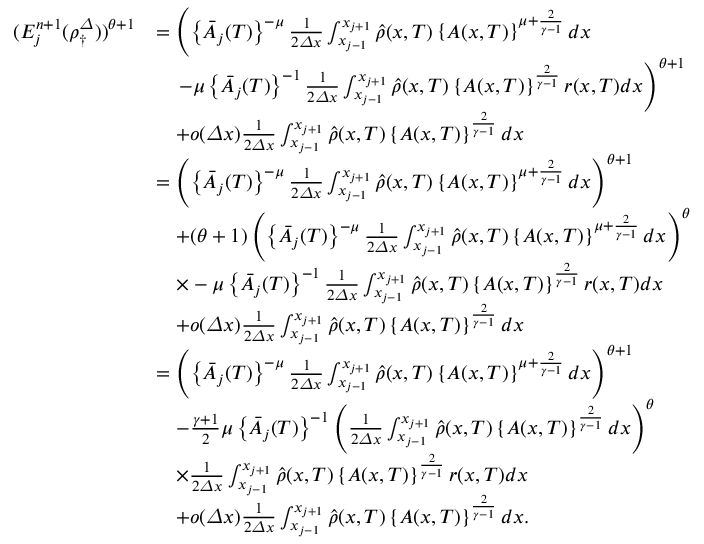
\begin{array} { r l } { ( E _ { j } ^ { n + 1 } ( \rho _ { \dagger } ^ { \varDelta } ) ) ^ { \theta + 1 } } & { = \left( \left\{ \bar { A } _ { j } ( T ) \right\} ^ { - \mu } \frac 1 { 2 { \varDelta } x } \int _ { x _ { j - 1 } } ^ { x _ { j + 1 } } \hat { \rho } ( x , T ) \left\{ A ( x , T ) \right\} ^ { \mu + \frac { 2 } { \gamma - 1 } } d x \right. } \\ & { \quad \left. - \mu \left\{ \bar { A } _ { j } ( T ) \right\} ^ { - 1 } \frac 1 { 2 { \varDelta } x } \int _ { x _ { j - 1 } } ^ { x _ { j + 1 } } \hat { \rho } ( x , T ) \left\{ A ( x , T ) \right\} ^ { \frac { 2 } { \gamma - 1 } } r ( x , T ) d x \right) ^ { \theta + 1 } } \\ & { \quad + o ( { \varDelta } x ) \frac 1 { 2 { \varDelta } x } \int _ { x _ { j - 1 } } ^ { x _ { j + 1 } } \hat { \rho } ( x , T ) \left\{ A ( x , T ) \right\} ^ { \frac { 2 } { \gamma - 1 } } d x } \\ & { = \left( \left\{ \bar { A } _ { j } ( T ) \right\} ^ { - \mu } \frac 1 { 2 { \varDelta } x } \int _ { x _ { j - 1 } } ^ { x _ { j + 1 } } \hat { \rho } ( x , T ) \left\{ A ( x , T ) \right\} ^ { \mu + \frac { 2 } { \gamma - 1 } } d x \right) ^ { \theta + 1 } } \\ & { \quad + ( \theta + 1 ) \left( \left\{ \bar { A } _ { j } ( T ) \right\} ^ { - \mu } \frac 1 { 2 { \varDelta } x } \int _ { x _ { j - 1 } } ^ { x _ { j + 1 } } \hat { \rho } ( x , T ) \left\{ A ( x , T ) \right\} ^ { \mu + \frac { 2 } { \gamma - 1 } } d x \right) ^ { \theta } } \\ & { \quad \times - \mu \left\{ \bar { A } _ { j } ( T ) \right\} ^ { - 1 } \frac 1 { 2 { \varDelta } x } \int _ { x _ { j - 1 } } ^ { x _ { j + 1 } } \hat { \rho } ( x , T ) \left\{ A ( x , T ) \right\} ^ { \frac { 2 } { \gamma - 1 } } r ( x , T ) d x } \\ & { \quad + o ( { \varDelta } x ) \frac 1 { 2 { \varDelta } x } \int _ { x _ { j - 1 } } ^ { x _ { j + 1 } } \hat { \rho } ( x , T ) \left\{ A ( x , T ) \right\} ^ { \frac { 2 } { \gamma - 1 } } d x } \\ & { = \left( \left\{ \bar { A } _ { j } ( T ) \right\} ^ { - \mu } \frac 1 { 2 { \varDelta } x } \int _ { x _ { j - 1 } } ^ { x _ { j + 1 } } \hat { \rho } ( x , T ) \left\{ A ( x , T ) \right\} ^ { \mu + \frac { 2 } { \gamma - 1 } } d x \right) ^ { \theta + 1 } } \\ & { \quad - \frac { \gamma + 1 } { 2 } \mu \left\{ \bar { A } _ { j } ( T ) \right\} ^ { - 1 } \left( \frac 1 { 2 { \varDelta } x } \int _ { x _ { j - 1 } } ^ { x _ { j + 1 } } \hat { \rho } ( x , T ) \left\{ A ( x , T ) \right\} ^ { \frac { 2 } { \gamma - 1 } } d x \right) ^ { \theta } } \\ & { \quad \times \frac 1 { 2 { \varDelta } x } \int _ { x _ { j - 1 } } ^ { x _ { j + 1 } } \hat { \rho } ( x , T ) \left\{ A ( x , T ) \right\} ^ { \frac { 2 } { \gamma - 1 } } r ( x , T ) d x } \\ & { \quad + o ( { \varDelta } x ) \frac 1 { 2 { \varDelta } x } \int _ { x _ { j - 1 } } ^ { x _ { j + 1 } } \hat { \rho } ( x , T ) \left\{ A ( x , T ) \right\} ^ { \frac { 2 } { \gamma - 1 } } d x . } \end{array}